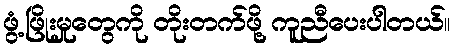
ဖွံ့ဖြိုးမှုတွေကို တိုးတက်ဖို့ ကူညီပေးပါတယ်။